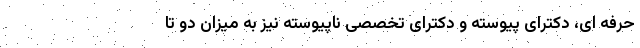
حرفه ای، دکترای پیوسته و دکترای تخصصی ناپیوسته نیز به میزان دو تا